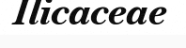
Ilicaceae